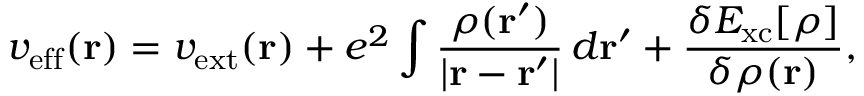
v _ { \mathrm { e f f } } ( \mathbf { r } ) = v _ { \mathrm { e x t } } ( \mathbf { r } ) + e ^ { 2 } \int { \frac { \rho ( \mathbf { r } ^ { \prime } ) } { | \mathbf { r } - \mathbf { r } ^ { \prime } | } } \, d \mathbf { r } ^ { \prime } + { \frac { \delta E _ { \mathrm { x c } } [ \rho ] } { \delta \rho ( \mathbf { r } ) } } ,